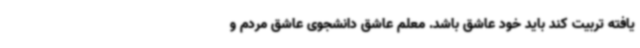
یافته تربیت کند باید خود عاشق باشد. معلم عاشق دانشجوی عاشق مردم و